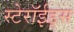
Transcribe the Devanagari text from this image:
स्टेरॉईड्स